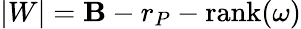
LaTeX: |W|=\mathbf{B}-r_{P}-\mathrm{{rank}}(\omega)